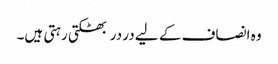
وہ انصاف کے لیے در در بھٹکتی رہتی ہیں۔